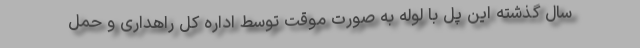
سال گذشته این پل با لوله به صورت موقت توسط اداره کل راهداری و حمل